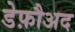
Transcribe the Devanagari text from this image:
डेफ़ौअद